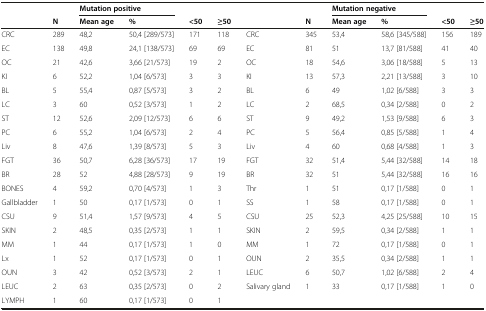
<table><thead><tr><td></td><td></td><td colspan="2"><b>Mutation positive</b></td><td></td><td></td><td></td><td></td><td colspan="2"><b>Mutation negative</b></td><td></td><td></td></tr><tr><td></td><td><b>N</b></td><td><b>Mean age</b></td><td><b>%</b></td><td><b>&lt;50</b></td><td><b>≥50</b></td><td></td><td><b>N</b></td><td><b>Mean age</b></td><td><b>%</b></td><td><b>&lt;50</b></td><td><b>≥50</b></td></tr></thead><tbody><tr><td>CRC</td><td>289</td><td>48,2</td><td>50,4 [289/573]</td><td>171</td><td>118</td><td>CRC</td><td>345</td><td>53,4</td><td>58,6 [345/588]</td><td>156</td><td>189</td></tr><tr><td>EC</td><td>138</td><td>49,8</td><td>24,1 [138/573]</td><td>69</td><td>69</td><td>EC</td><td>81</td><td>51</td><td>13,7 [81/588]</td><td>41</td><td>40</td></tr><tr><td>OC</td><td>21</td><td>42,6</td><td>3,66 [21/573]</td><td>19</td><td>2</td><td>OC</td><td>18</td><td>54,6</td><td>3,06 [18/588]</td><td>5</td><td>13</td></tr><tr><td>KI</td><td>6</td><td>52,2</td><td>1,04 [6/573]</td><td>3</td><td>3</td><td>KI</td><td>13</td><td>57,3</td><td>2,21 [13/588]</td><td>3</td><td>10</td></tr><tr><td>BL</td><td>5</td><td>55,4</td><td>0,87 [5/573]</td><td>3</td><td>2</td><td>BL</td><td>6</td><td>49</td><td>1,02 [6/588]</td><td>3</td><td>3</td></tr><tr><td>LC</td><td>3</td><td>60</td><td>0,52 [3/573]</td><td>1</td><td>2</td><td>LC</td><td>2</td><td>68,5</td><td>0,34 [2/588]</td><td>0</td><td>2</td></tr><tr><td>ST</td><td>12</td><td>52,6</td><td>2,09 [12/573]</td><td>6</td><td>6</td><td>ST</td><td>9</td><td>49,2</td><td>1,53 [9/588]</td><td>6</td><td>3</td></tr><tr><td>PC</td><td>6</td><td>55,2</td><td>1,04 [6/573]</td><td>2</td><td>4</td><td>PC</td><td>5</td><td>56,4</td><td>0,85 [5/588]</td><td>1</td><td>4</td></tr><tr><td>Liv</td><td>8</td><td>47,6</td><td>1,39 [8/573]</td><td>5</td><td>3</td><td>Liv</td><td>4</td><td>60</td><td>0,68 [4/588]</td><td>1</td><td>3</td></tr><tr><td>FGT</td><td>36</td><td>50,7</td><td>6,28 [36/573]</td><td>17</td><td>19</td><td>FGT</td><td>32</td><td>51,4</td><td>5,44 [32/588]</td><td>14</td><td>18</td></tr><tr><td>BR</td><td>28</td><td>52</td><td>4,88 [28/573]</td><td>9</td><td>19</td><td>BR</td><td>32</td><td>51</td><td>5,44 [32/588]</td><td>16</td><td>16</td></tr><tr><td>BONES</td><td>4</td><td>59,2</td><td>0,70 [4/573]</td><td>1</td><td>3</td><td>Thr</td><td>1</td><td>51</td><td>0,17 [1/588]</td><td>0</td><td>1</td></tr><tr><td>Gallbladder</td><td>1</td><td>50</td><td>0,17 [1/573]</td><td>0</td><td>1</td><td>SS</td><td>1</td><td>58</td><td>0,17 [1/588]</td><td>0</td><td>1</td></tr><tr><td>CSU</td><td>9</td><td>51,4</td><td>1,57 [9/573]</td><td>4</td><td>5</td><td>CSU</td><td>25</td><td>52,3</td><td>4,25 [25/588]</td><td>10</td><td>15</td></tr><tr><td>SKIN</td><td>2</td><td>48,5</td><td>0,35 [2/573]</td><td>1</td><td>1</td><td>SKIN</td><td>2</td><td>59,5</td><td>0,34 [2/588]</td><td>1</td><td>1</td></tr><tr><td>MM</td><td>1</td><td>44</td><td>0,17 [1/573]</td><td>1</td><td>0</td><td>MM</td><td>1</td><td>72</td><td>0,17 [1/588]</td><td>0</td><td>1</td></tr><tr><td>Lx</td><td>1</td><td>52</td><td>0,17 [1/573]</td><td>0</td><td>1</td><td>OUN</td><td>2</td><td>35,5</td><td>0,34 [2/588]</td><td>1</td><td>1</td></tr><tr><td>OUN</td><td>3</td><td>42</td><td>0,52 [3/573]</td><td>2</td><td>1</td><td>LEUC</td><td>6</td><td>50,7</td><td>1,02 [6/588]</td><td>2</td><td>4</td></tr><tr><td>LEUC</td><td>2</td><td>63</td><td>0,35 [2/573]</td><td>0</td><td>2</td><td>Salivary gland</td><td>1</td><td>33</td><td>0,17 [1/588]</td><td>1</td><td>0</td></tr><tr><td>LYMPH</td><td>1</td><td>60</td><td>0,17 [1/573]</td><td>0</td><td>1</td><td></td><td></td><td></td><td></td><td></td><td></td></tr></tbody></table>